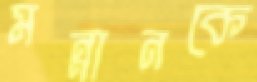
মন্নানকে